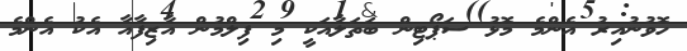
ހޮވުނުއިރު އެންމެ މޮޅު ސަޕޯޓިން ބަތަލާއަކީ މި ފިލްމުން އާޒިފާއާ އެކު އެންމެ